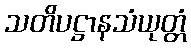
သတိပဋ္ဌာနသံယုတ္တံ